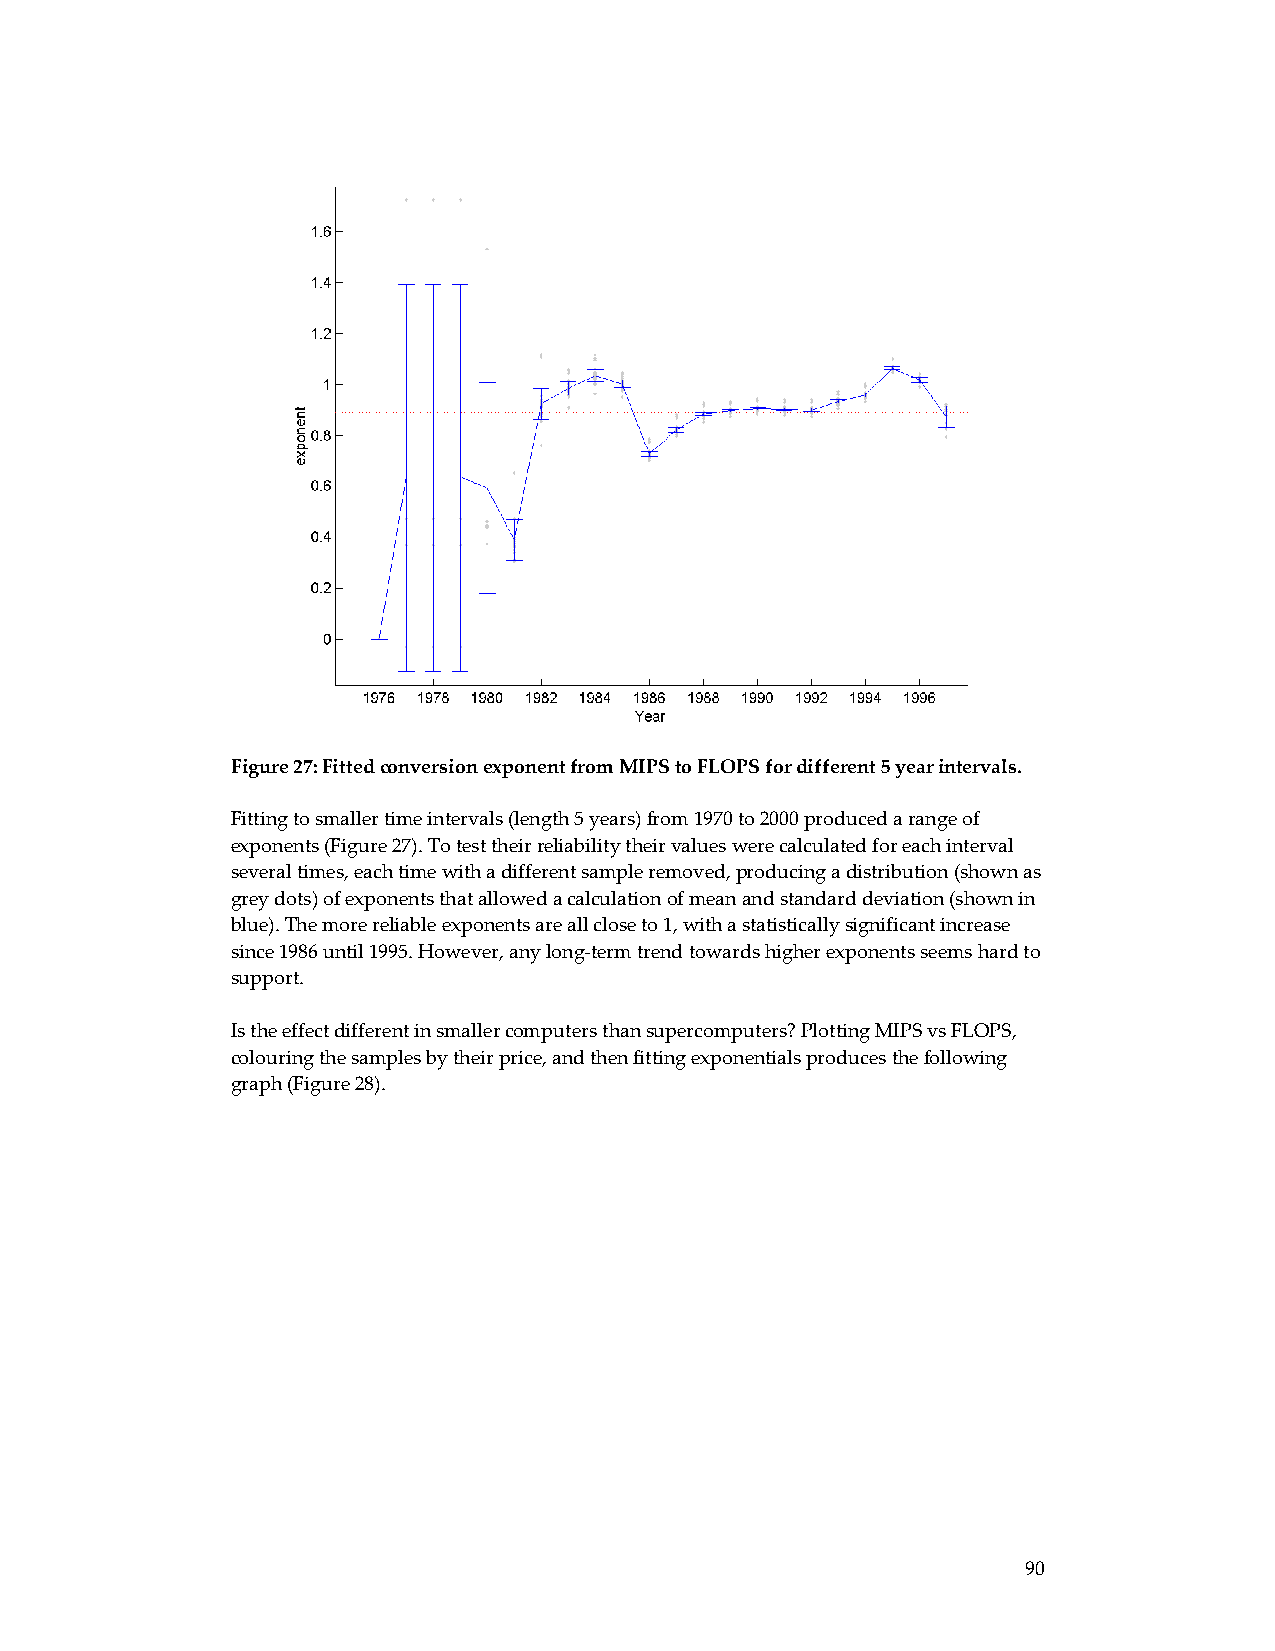
Figure 27: Fitted conversion exponent from MIPS to FLOPS for different 5 year intervals.
 Fitting to smaller time intervals (length 5 years) from 1970 to 2000 produced a range of
 exponents (Figure 27). To test their reliability their values were calculated for each interval
 several times, each time with a different sample removed, producing a distribution (shown as
 grey dots) of exponents that allowed a calculation of mean and standard deviation (shown in
 blue). The more reliable exponents are all close to 1, with a statistically significant increase
 since 1986 until 1995. However, any long‐term trend towards higher exponents seems hard to
 support.
 Is the effect different in smaller computers than supercomputers? Plotting MIPS vs FLOPS,
 colouring the samples by their price, and then fitting exponentials produces the following
 graph (Figure 28).
 90